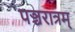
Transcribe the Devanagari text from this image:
पञ्चरात्रम्‌